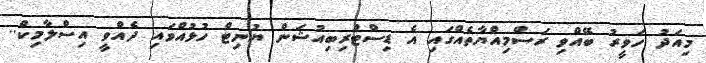
މިއަދު ހަވީރު ބޭއްވި ރަސްމިއްޔާތެއްގައި އެ ޑިސްޓްރިބިއުޝަން ޔުނިޓް ހުޅުއްވައި ދެއްވީ އިސްލާމިކް..